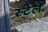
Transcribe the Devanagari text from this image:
स्टेले